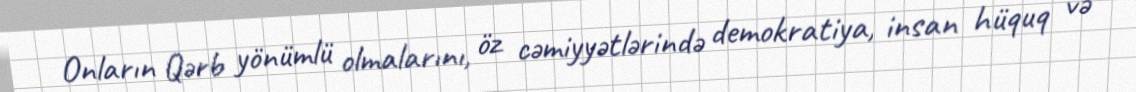
Onların Qərb yönümlü olmalarını, öz cəmiyyətlərində demokratiya, insan hüquq və